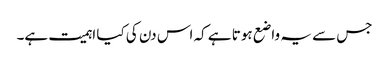
جس سے یہ واضع ہوتا ہے کہ اس دن کی کیا اہمیت ہے۔